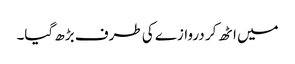
میں اٹھ کر دروازے کی طرف بڑھ گیا۔